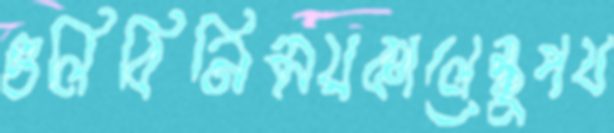
গুলিবিনিময়কালেস্কুপয